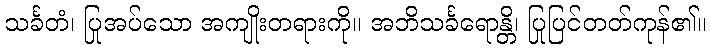
သင်္ခတံ၊ ပြုအပ်သော အကျိုးတရားကို။ အဘိသင်္ခရောန္တိ၊ ပြုပြင်တတ်ကုန်၏။